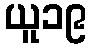
ယူ၁၉